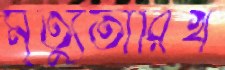
মৃত্যুতারিখ